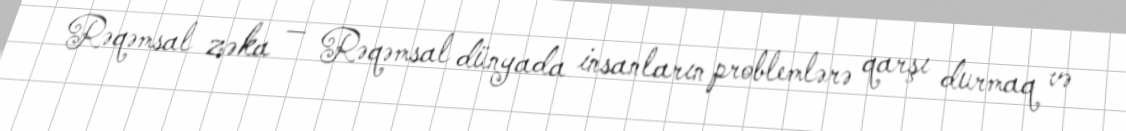
Rəqəmsal zəka — Rəqəmsal dünyada insanların problemlərə qarşı durmaq və